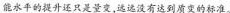
能水平的提升还只是量变，远远没有达到质变的标准。